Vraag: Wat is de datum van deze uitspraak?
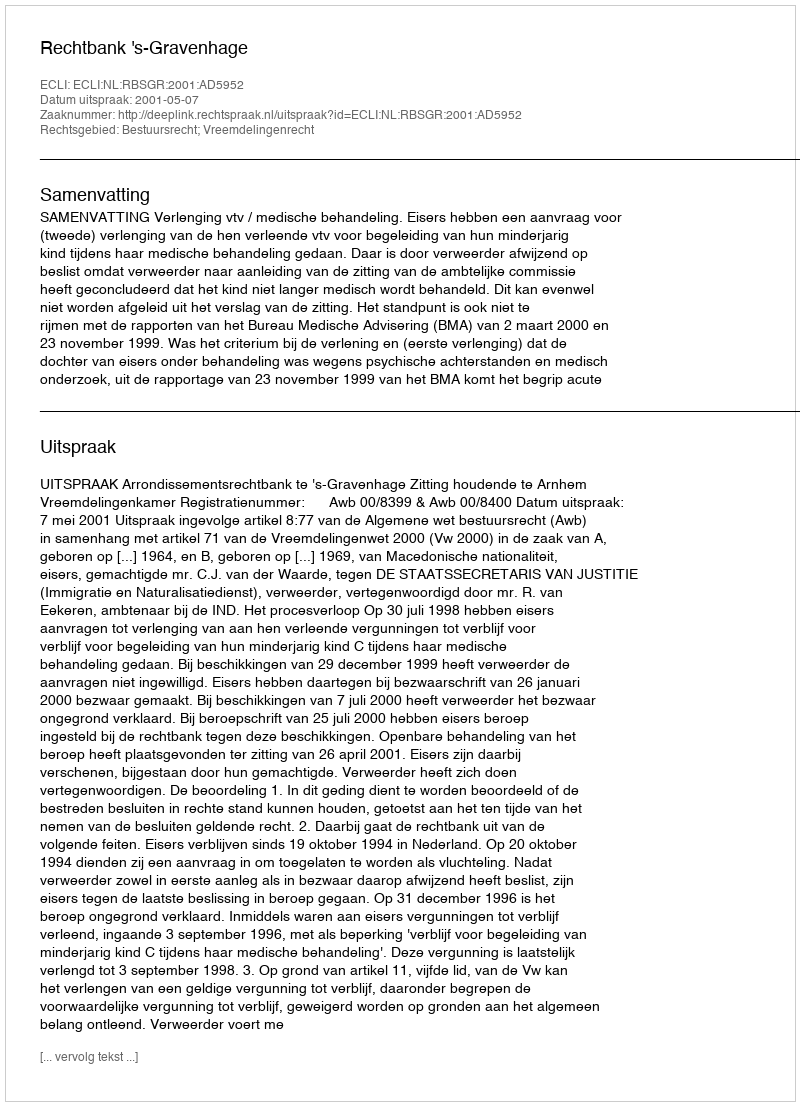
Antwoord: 2001-05-07